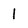
Character: 1